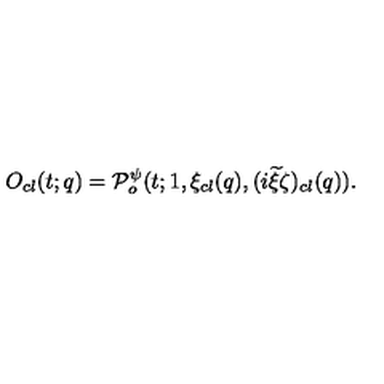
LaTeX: O _ { c l } ( t ; q ) = { \cal P } _ { o } ^ { \psi } ( t ; 1 , \xi _ { c l } ( q ) , ( i { \widetilde \xi } \zeta ) _ { c l } ( q ) ) .